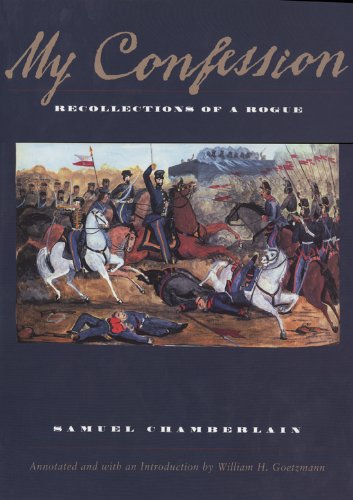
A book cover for My Confession: Recollections of a Rogue; Samuel Chamberlain; History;